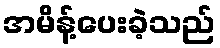
အမိန့်ပေးခဲ့သည်